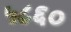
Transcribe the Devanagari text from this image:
५८६०